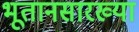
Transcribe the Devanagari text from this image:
भूतानसारख्या